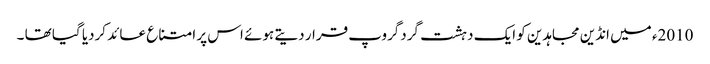
2010ء میں انڈین مجاہدین کو ایک دہشت گردگروپ قرار دیتے ہوئے اس پر امتناع عائد کردیا گیا تھا ۔